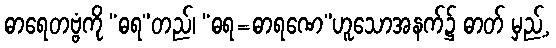
ဓာရေတဗ္ဗံကို “ဓရ”တည်၊ “ဓရ=ဓာရဏေ”ဟူသောအနက်၌ ဓာတ် မှည့်,